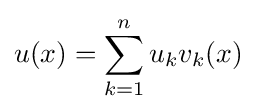
u(x)=\sum _{k=1}^{n}u_{k}v_{k}(x)